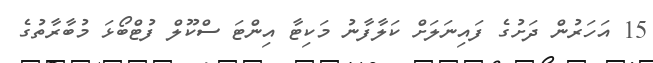
15 އަހަރުން ދަށުގެ ފައިނަލަށް ކަލާފާނު މަކިޓާ އިންޓަ ސްކޫލް ފުޓްބޯޅަ މުބާރާތުގެ